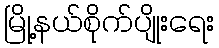
မြို့နယ်စိုက်ပျိုးရေး